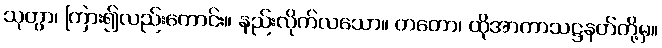
သုတွာ၊ ကြား၍လည်းကောင်း။ နည်းလိုက်လသော။ တတော၊ ထိုအာကာသဋ္ဌနတ်တို့မှ။